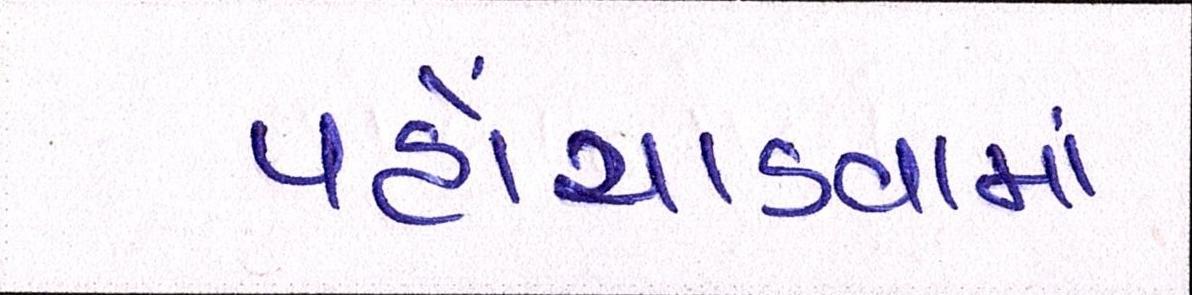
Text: પહોંચાડવામાં